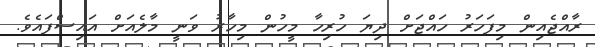
ރާއްޖެއިން މިފަހަރު ހައްޖަށް ދިޔަ ހުރިހާ މީހުން މިހާރު ވަނީ މާލެއަށް އައިސްފައެވެ.